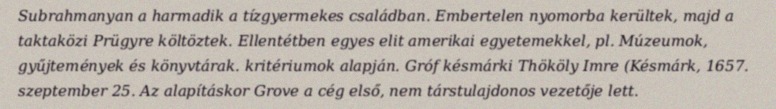
Subrahmanyan a harmadik a tízgyermekes családban. Embertelen nyomorba kerültek, majd a taktaközi Prügyre költöztek. Ellentétben egyes elit amerikai egyetemekkel, pl. Múzeumok, gyűjtemények és könyvtárak. kritériumok alapján. Gróf késmárki Thököly Imre (Késmárk, 1657. szeptember 25. Az alapításkor Grove a cég első, nem társtulajdonos vezetője lett.